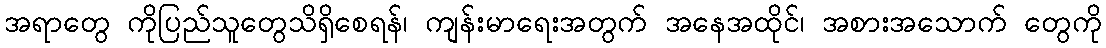
အရာတွေ ကိုပြည်သူတွေသိရှိစေရန်၊ ကျန်းမာရေးအတွက် အနေအထိုင်၊ အစားအသောက် တွေကို